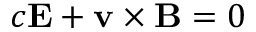
c \mathbf { E } + \mathbf { v } \times \mathbf { B } = 0